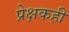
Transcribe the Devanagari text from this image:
प्रेक्षकही